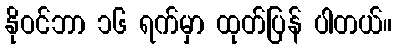
နိုဝင်ဘာ ၁၆ ရက်မှာ ထုတ်ပြန် ပါတယ်။